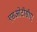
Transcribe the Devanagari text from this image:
एसओटीसीए